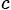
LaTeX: _c